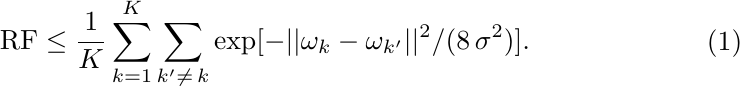
 \begin{align}
\begin{split}
 &\text{RF} \leq \frac{1}{K}\sum^K_{k=1} \sum_{k^\prime \neq \, k} \exp[-||\omega_k - \omega_ {k^\prime}||^2/(8 \, \sigma^2)].\\
\end{split}
\label{eq:RF}
\end{align}